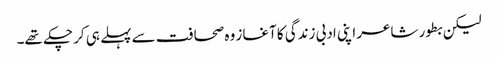
لیکن بطور شاعر اپنی ادبی زندگی کا آغاز وہ صحافت سے پہلے ہی کر چکے تھے۔